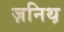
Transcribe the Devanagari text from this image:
ज़निथ़